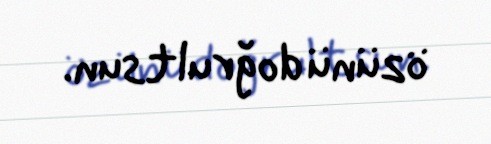
özünü doğrultsun.